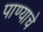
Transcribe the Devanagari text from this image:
पाण्‍याचे